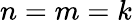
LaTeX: n=m=k